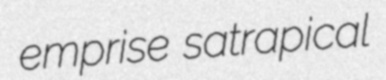
emprise satrapical